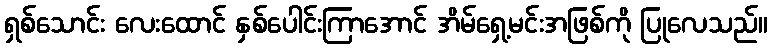
ရှစ်သောင်း လေးထောင် နှစ်ပေါင်းကြာအောင် အိမ်ရှေ့မင်းအဖြစ်ကို ပြုလေသည်။